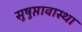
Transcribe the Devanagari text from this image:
सुषुप्तावास्था